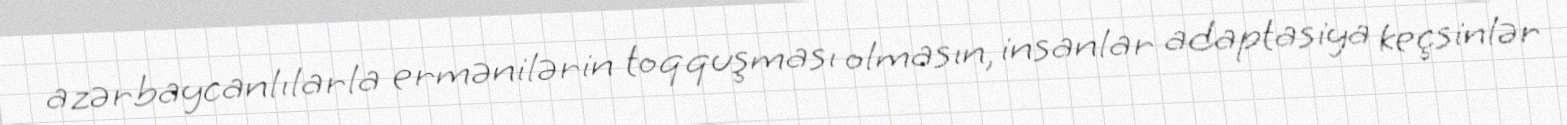
azərbaycanlılarla ermənilərin toqquşması olmasın, insanlar adaptasiya keçsinlər